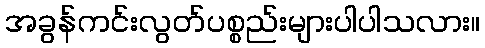
အခွန်ကင်းလွတ်ပစ္စည်းများပါပါသလား။